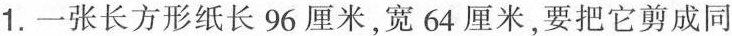
1.一张长方形纸长96厘米，宽64厘米，要把它剪成同